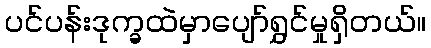
ပင်ပန်းဒုက္ခထဲမှာပျော်ရွှင်မှုရှိတယ်။